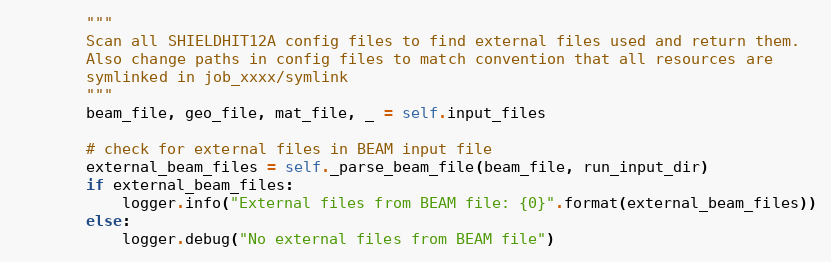
Language: Python
        """
        Scan all SHIELDHIT12A config files to find external files used and return them.
        Also change paths in config files to match convention that all resources are
        symlinked in job_xxxx/symlink
        """
        beam_file, geo_file, mat_file, _ = self.input_files

        # check for external files in BEAM input file
        external_beam_files = self._parse_beam_file(beam_file, run_input_dir)
        if external_beam_files:
            logger.info("External files from BEAM file: {0}".format(external_beam_files))
        else:
            logger.debug("No external files from BEAM file")